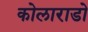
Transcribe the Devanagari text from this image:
कोलाराडो